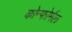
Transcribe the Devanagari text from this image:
कोन्फोर्मल